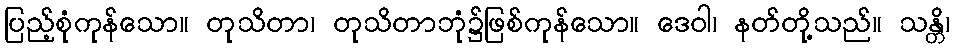
ပြည့်စုံကုန်သော။ တုသိတာ၊ တုသိတာဘုံ၌ဖြစ်ကုန်သော။ ဒေဝါ၊ နတ်တို့သည်။ သန္တိ၊